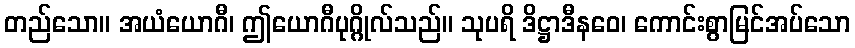
တည်သော။ အယံယောဂီ၊ ဤယောဂီပုဂ္ဂိုလ်သည်။ သုပရိ ဒိဋ္ဌာဒီနဝေ၊ ကောင်းစွာမြင်အပ်သော